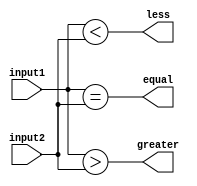
module eight_bit_comparator(
    input [7:0] input1,
    input [7:0] input2,
    output equal,
    output greater,
    output less
);

// Equality checking
assign equal = (input1 == input2);

// Greater than checking
assign greater = (input1 > input2);

// Less than checking
assign less = (input1 < input2);

endmodule